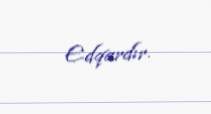
Edqardır.